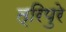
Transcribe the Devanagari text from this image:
त्रिपुरे